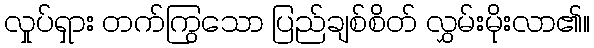
လှုပ်ရှား တက်ကြွသော ပြည်ချစ်စိတ် လွှမ်းမိုးလာ၏။